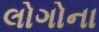
લોગોના